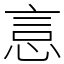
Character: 悥